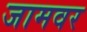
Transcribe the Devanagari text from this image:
जामवर